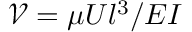
\mathcal { V } = \mu U l ^ { 3 } / E I